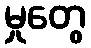
မှုတွေ